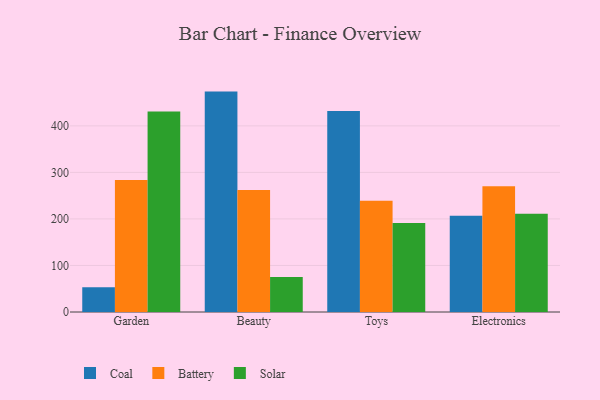
{"axis": {"x": "Category", "y": "Backlog"}, "legend": ["Battery", "Coal", "Solar"], "data": [{"x": "Garden", "y": 53.2, "type": "Coal"}, {"x": "Garden", "y": 283.4, "type": "Battery"}, {"x": "Garden", "y": 430.7, "type": "Solar"}, {"x": "Beauty", "y": 473.6, "type": "Coal"}, {"x": "Beauty", "y": 262.2, "type": "Battery"}, {"x": "Beauty", "y": 75.4, "type": "Solar"}, {"x": "Toys", "y": 432.0, "type": "Coal"}, {"x": "Toys", "y": 239.3, "type": "Battery"}, {"x": "Toys", "y": 191.1, "type": "Solar"}, {"x": "Electronics", "y": 206.9, "type": "Coal"}, {"x": "Electronics", "y": 270.3, "type": "Battery"}, {"x": "Electronics", "y": 211.1, "type": "Solar"}]}